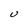
Character: U